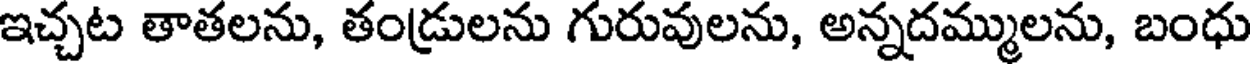
ఇచ్చట తాతలను, తండ్రులను గురువులను, అన్నదమ్ములను, బంధు